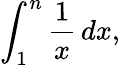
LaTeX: \int_{1}^{n}{\frac{1}{x}}\, dx,